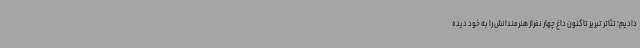
دادیم؛ تئاتر تبریز تاکنون داغ چهار نفراز هنرمندانش را به خود دیده